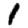
Digit: 1